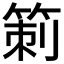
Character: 箣